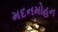
મદનમોહન